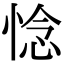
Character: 惗